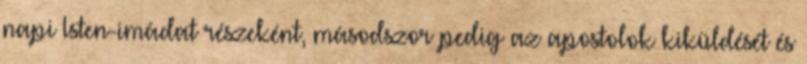
napi Isten-imádat részeként, másodszor pedig az apostolok kiküldését és